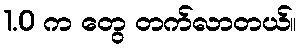
1.0 က တွေ တက်လာတယ်။